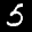
Label: 5